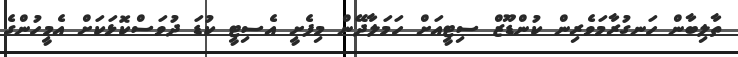
ތާލިބާން ހަނގުރާމަވެރިން ކުންޑޫޒް ސިޓީއަށް ހަމަލާދޭން މިފެށީ އެސިޓީ ކުޑަ ދުވަސްކޮޅަކަށް އެމީހުންގެ